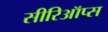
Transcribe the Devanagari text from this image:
सीरिऑप्स